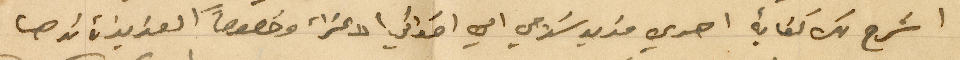
اشرح لك كفاية اهدي مزيد سلامي الى اخواتي الاعزاء وخصوصاً العزيزة ندى